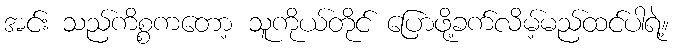
အင်း သည်ကိစ္စကတော့ သူကိုယ်တိုင် ပြောဖို့ခက်လိမ့်မည်ထင်ပါရဲ့။